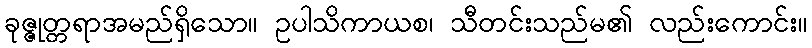
ခုဇ္ဇုတ္တရာအမည်ရှိသော။ ဥပါသိကာယစ၊ သီတင်းသည်မ၏ လည်းကောင်း။